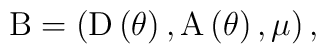
{\rm B} =\left( {\rm D}\left( \theta \right), {\rm A}\left(\theta \right), \mu \right),